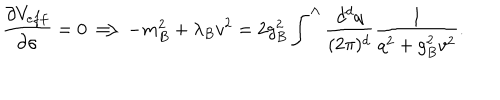
LaTeX: \frac { \partial V _ { e f f } } { \partial \sigma } = 0 \Longrightarrow - m _ { B } ^ { 2 } + \lambda _ { B } v ^ { 2 } = 2 g _ { B } ^ { 2 } \int ^ { \Lambda } \frac { d ^ { d } q } { ( 2 \pi ) ^ { d } } \frac { 1 } { q ^ { 2 } + g _ { B } ^ { 2 } v ^ { 2 } } .